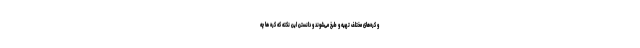
و کره‌های مختلف تهیه و طبخ می‌شوند و دانستن این نکته که کره ها چه